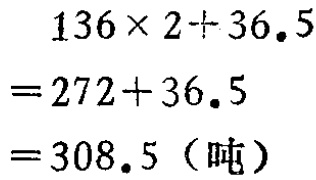
\[
\begin{align*}
&136\times 2 + 36.5\\
=&272+36.5\\
=&308.5 \text{（吨）}
\end{align*}
\]